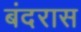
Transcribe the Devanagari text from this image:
बंदरास